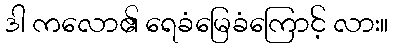
ဒါ ကလော၏ ရေခံမြေခံကြောင့် လား။